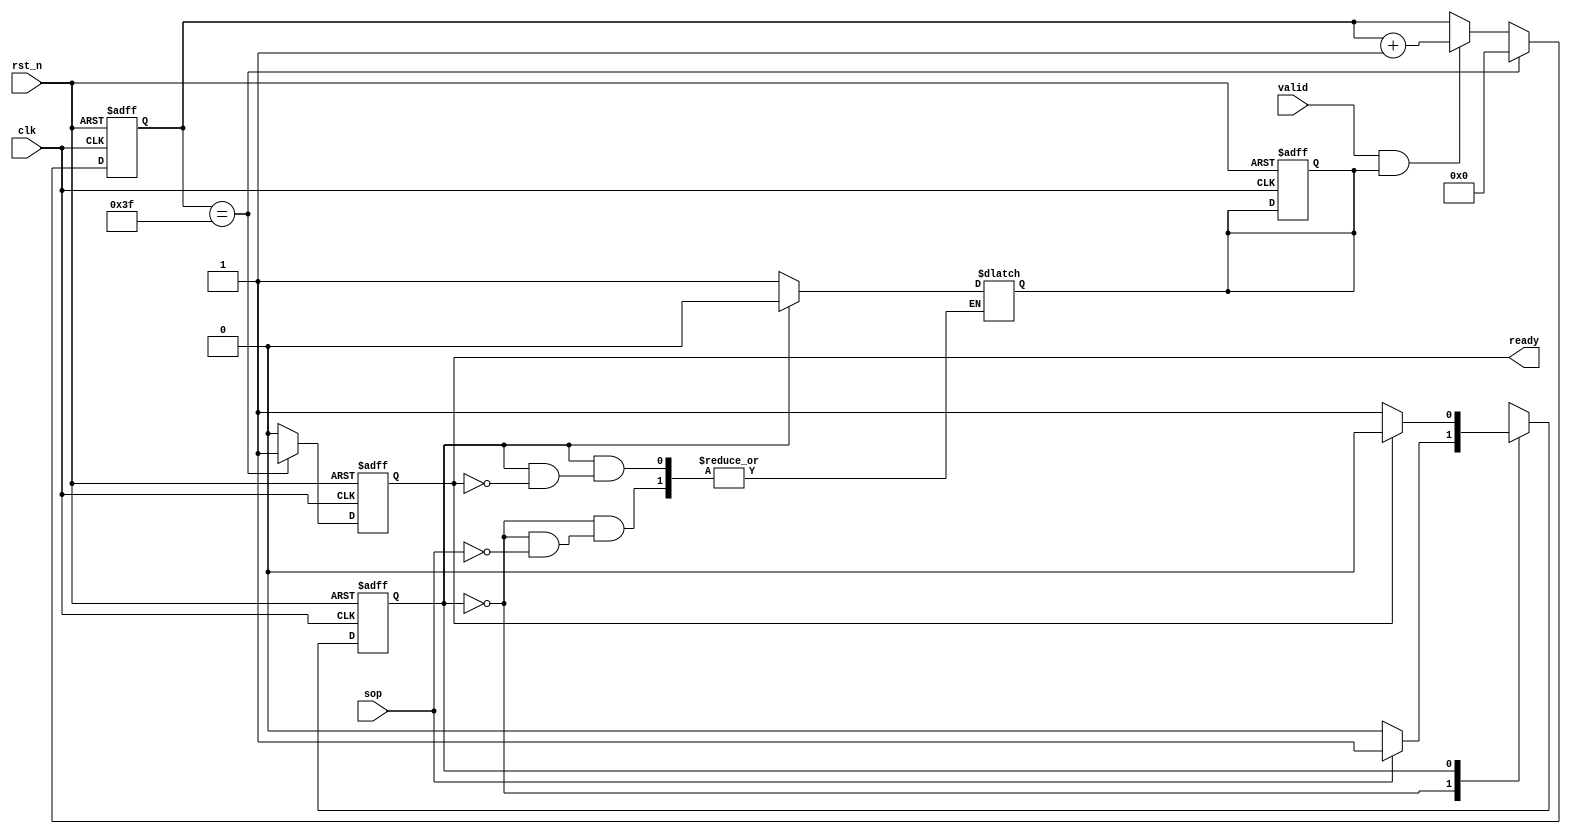
module counter(
    input clk,
    input rst_n,
    input valid,
    input sop,
    output reg ready
    );

    reg [6:0] cnt;
    reg cur_state, next_state, cnt_en;

    always@(posedge clk or negedge rst_n) begin
        if(!rst_n) begin
            cur_state <= 0;
            cnt_en <= 0;
        end
        else cur_state <= next_state;
    end 

    always@(cur_state or sop or ready) begin
        case(cur_state)
            0 : if(sop) begin
                next_state = 1;
                cnt_en = 1;
            end
            else next_state = 0;
            1 : if(ready) begin
                next_state = 0;
                cnt_en = 0;
            end
            else next_state = 1;
            default : next_state = 0;
        endcase
    end

    always @(posedge clk or negedge rst_n) begin
        if(!rst_n) begin
            cnt <= 0;
            ready <= 0;
        end
        else if(cnt == 63) begin 
            cnt <= 0;
            ready <= 1;
        end
        else if(valid && cnt_en) begin
            cnt <= cnt + 1;
            ready <= 0;
        end
        else begin
            cnt <= cnt;
            ready <= 0;
        end
    end

endmodule